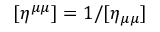
[ \eta ^ { \mu \mu } ] = 1 / [ \eta _ { \mu \mu } ]